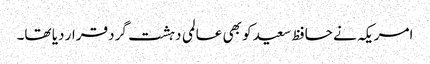
امریکہ نے حافظ سعید کو بھی عالمی دہشت گرد قرار دیا تھا۔